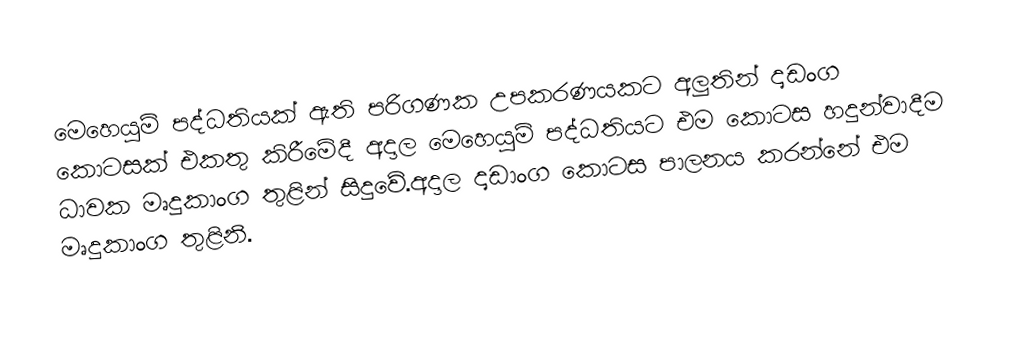
මෙහෙයුම් පද්ධතියක් ඇති පරිගණක උපකරණයකට අලුතින් දෘඩංග කොටසක් එකතු කිරීමේදී අදාල මෙහෙයුම් පද්ධතියට එම කොටස හදුන්වාදීම ධාවක මෘදුකාංග තුළින් සිදුවේ.අදාල දෘඩාංග කොටස පාලනය කරන්නේ එම මෘදුකාංග තුළිනි.